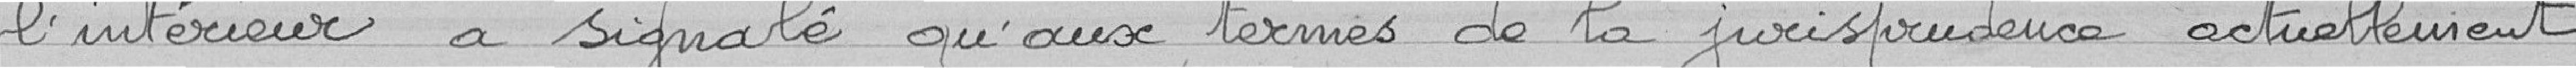
l'Intérieur a signalé qu'aux termes de la jurisprudence actuellement